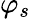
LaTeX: \varphi_{s}